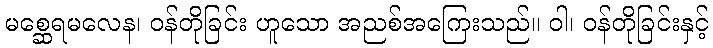
မစ္ဆေရမလေန၊ ဝန်တိုခြင်း ဟူသော အညစ်အကြေးသည်။ ဝါ၊ ဝန်တိုခြင်းနှင့်